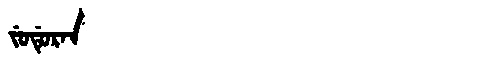
Manchu: ᠵᡠᡩᡠᡵᠠᠨ
Romanization: JUDURAN